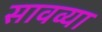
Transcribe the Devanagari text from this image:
सावव्या